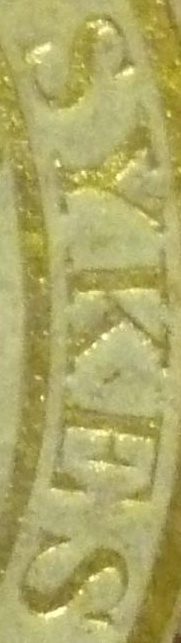
SYKES